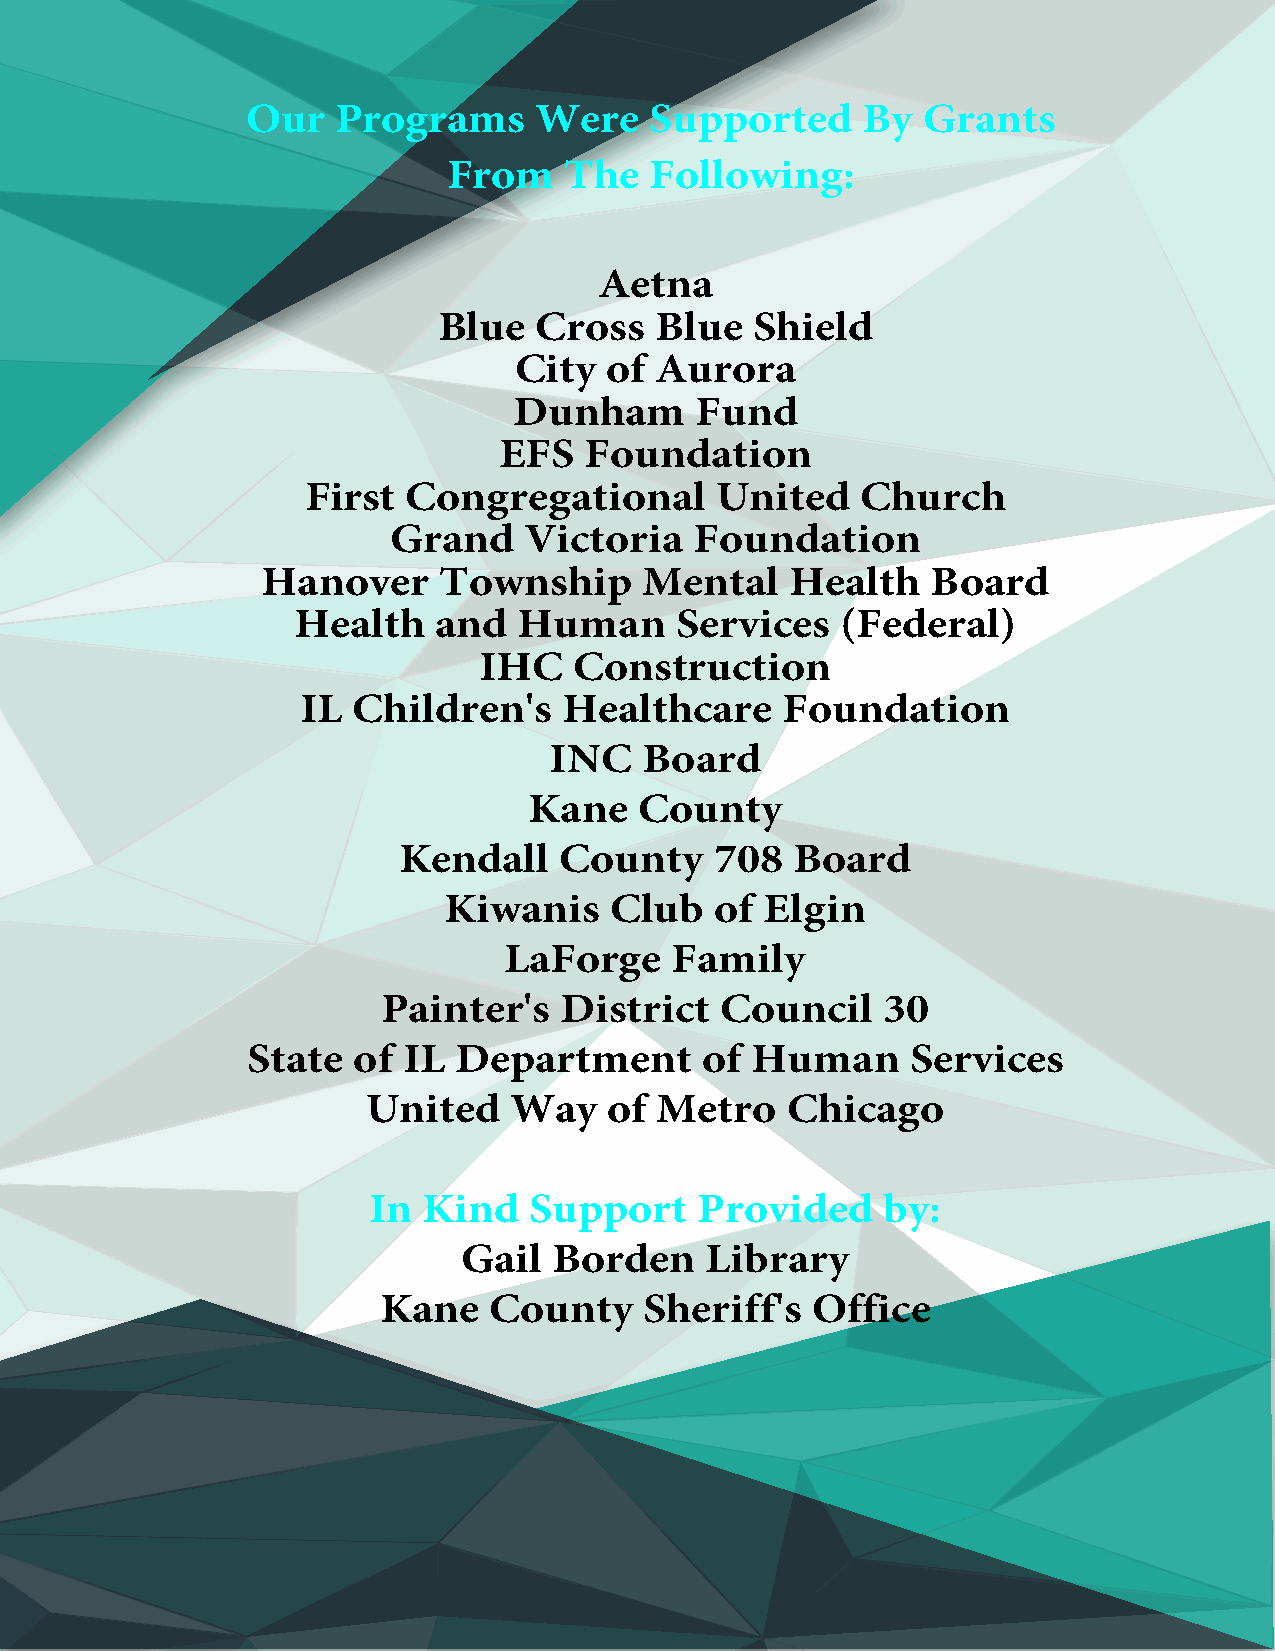
Our   Programs     Were    Supported     By  Grants
 From   The   Following:
 Aetna
 Blue  Cross   Blue   Shield
 City  of Aurora
 Dunham      Fund
 EFS   Foundation
 First  Congregational      United    Church
 Grand    Victoria   Foundation
 Hanover     Township      Mental   Health    Board
 Health    and  Human      Services   (Federal)
 IHC   Construction
 IL Children's    Healthcare     Foundation
 INC    Board
 Kane   County
 Kendall    County    708  Board
 Kiwanis    Club   of  Elgin
 LaForge     Family
 Painter's   District   Council   30
 State  of  IL Department      of  Human     Services
 United    Way   of  Metro   Chicago
 In  Kind   Support    Provided    by:
 Gail  Borden    Library
 Kane   County     Sheriff's  Office
 United   Way   of Elgin
 THANK       YOU    TO   ALL   OUR    SUPPORTERS